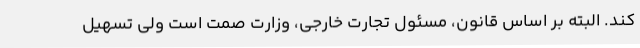
کند. البته بر اساس قانون، مسئول تجارت خارجی، وزارت صمت است ولی تسهیل‌